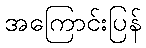
အကြောင်းပြန်